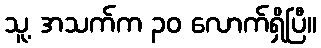
သူ့ အသက်က ၃၀ လောက်ရှိပြီ။